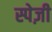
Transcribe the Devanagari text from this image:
स्पेज़ी